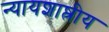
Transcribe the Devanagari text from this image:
न्यायशाष्त्रीय